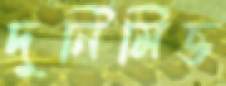
দুর্নিমিত্ত